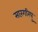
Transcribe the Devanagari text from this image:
सारंगरिपु